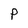
Character: P